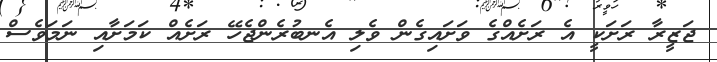
ޖަޒީރާ ރަށަކީ އެ ރަށެއްގެ ވަށައިގެން ވެލި އެނބުރެންޖެހޭ ރަށެއް ކަމަށާއި ނަމަވެސް